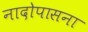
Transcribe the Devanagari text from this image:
नादोपासना